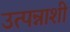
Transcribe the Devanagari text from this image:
उत्पन्नाशी